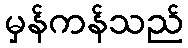
မှန်ကန်သည်